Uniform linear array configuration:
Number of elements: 4
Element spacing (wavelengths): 1
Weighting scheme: uniform
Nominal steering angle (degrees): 30
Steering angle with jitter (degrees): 29.271
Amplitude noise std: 0.05
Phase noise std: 0.05

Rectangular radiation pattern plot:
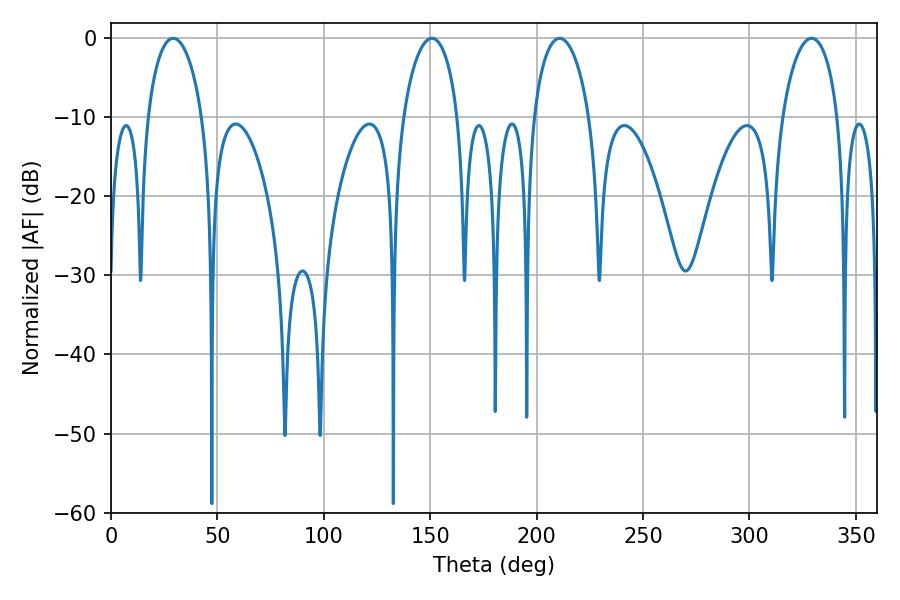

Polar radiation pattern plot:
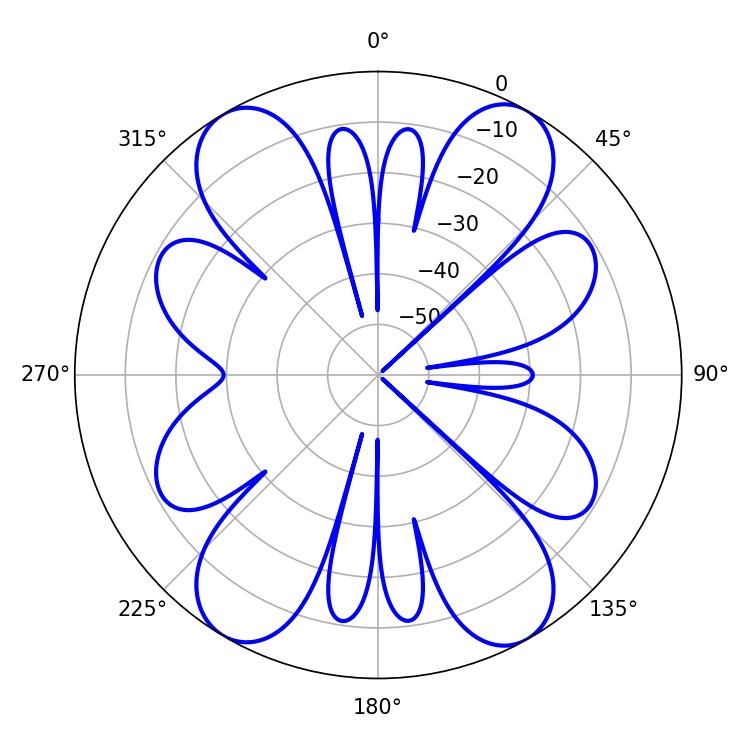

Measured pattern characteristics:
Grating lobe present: TRUE
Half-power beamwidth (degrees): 14.94
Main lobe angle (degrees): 210.78